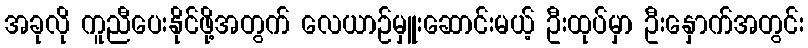
အခုလို ကူညီပေးနိုင်ဖို့အတွက် လေယာဉ်မှူးဆောင်းမယ့် ဦးထုပ်မှာ ဦးနှောက်အတွင်း